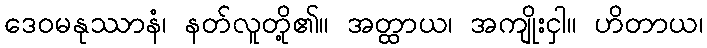
ဒေဝမနုဿာနံ၊ နတ်လူတို့၏။ အတ္ထာယ၊ အကျိုးငှါ။ ဟိတာယ၊